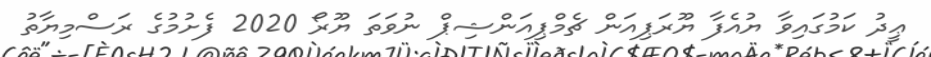
ޢީދު ކަމުގައިވާ ޔުއެފާ ޔޫރަޕިއަން ޗެމްޕިއަންޝިޕް ނުވަތަ ޔޫރޯ 2020 ފެށުމުގެ ރަސްމިޔާތު